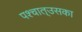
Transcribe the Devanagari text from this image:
पश्‍चात्‌उसका